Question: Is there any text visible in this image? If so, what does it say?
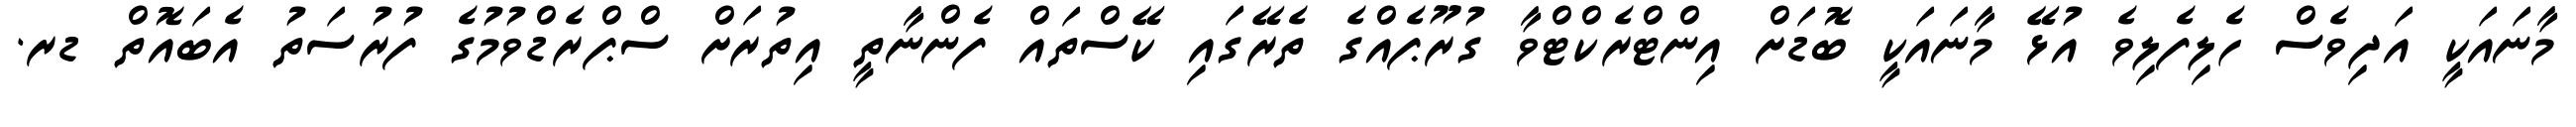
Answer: މާނައަކީ އަދިވެސް ހެލިފެލިވެ އުޅޭ މާނައަކީ ބޮޑަށް އިންޓްރެކްޓްވާ ގުރޫޕެއްގެ ތެރޭގައި ކޭސްތައް ފެންނާތީ އިތުރަށް ސްޕްރެޑްވުމުގެ ފުރުސަތު އެބައޮތް ޑރ.